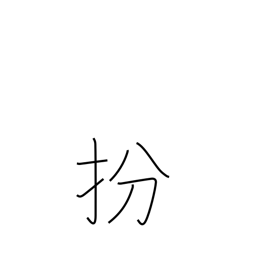
Meaning: disguise